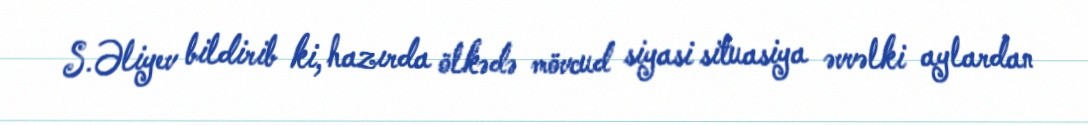
S.Əliyev bildirib ki, hazırda ölkədə mövcud siyasi situasiya əvvəlki aylardan